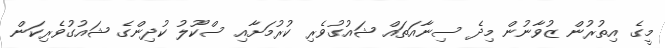
މީގެ އިތުރުން ޒުވާނުން މިދެ ސިނާއަތައް ޝައުގުވެރި ކުރުމަށާއި ސްކޫލު ކުދިންގެ ޝައުގުވެރިކަން